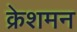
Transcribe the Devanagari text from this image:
क्रेशमन